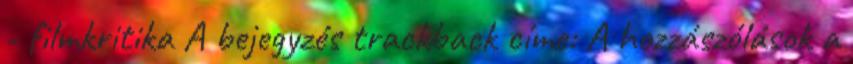
- filmkritika A bejegyzés trackback címe: A hozzászólások a